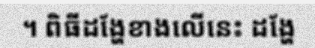
។ ពិធីដង្ហែខាងលើនេះ ដង្ហែ